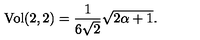
\mathrm { V o l } ( 2 , 2 ) = \frac { 1 } { 6 \sqrt { 2 } } \sqrt { 2 \alpha + 1 } .